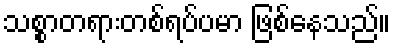
သစ္စာတရားတစ်ရပ်ပမာ ဖြစ်နေသည်။